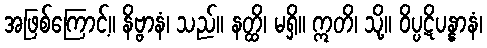
အဖြစ်ကြောင့်။ နိဗ္ဗာနံ၊ သည်။ နတ္ထိ၊ မရှိ။ ဣတိ၊ သို့။ ဝိပ္ပဋိပန္နာနံ၊